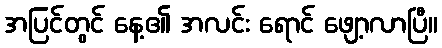
အပြင်တွင် နေ့၏ အလင်း ရောင် ဖျော့လာပြီ။